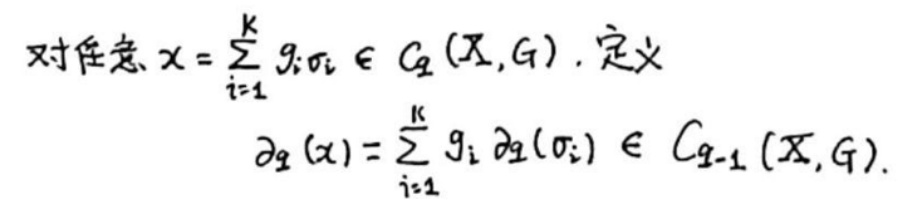
&对任意$  x = \sum_{i = 1}^{k} g_{i}\sigma_{i} \in C_{q}(X, G) , $定义\\
$&\partial_{q}(x)=\sum_{i = 1}^{k} g_{i}\partial_{q}(\sigma_{i}) \in C_{q - 1}(X, G).$